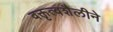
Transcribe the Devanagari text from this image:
वक्तृत्वशैलीने